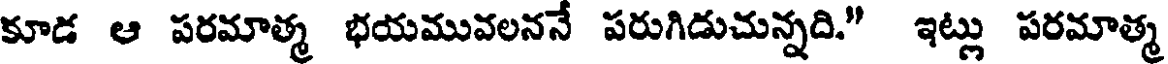
కూడ ఆ పరమాత్మ భయమువలననే పరుగిడుచున్నది." ఇట్లు పరమాత్మ